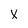
Character: X